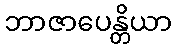
ဘာဇာပေန္တိယာ